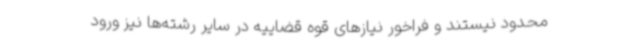
محدود نیستند و فراخور نیازهای قوه قضاییه در سایر رشته‌ها نیز ورود